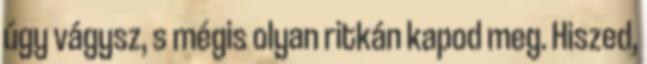
úgy vágysz, s mégis olyan ritkán kapod meg. Hiszed,